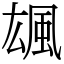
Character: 䫺